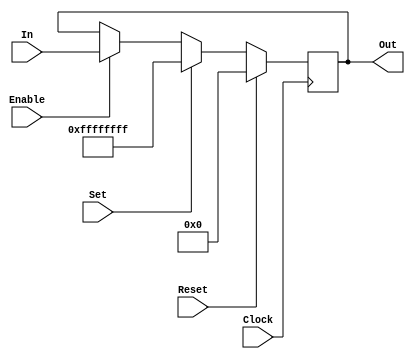
module	IORegister(Clock, Reset, Set, Enable, In, Out);
	//--------------------------------------------------------------------------
	//	Parameters
	//--------------------------------------------------------------------------
	parameter				Width = 				32,
							Initial =				{Width{1'bx}},
							AsyncReset =			0,
							AsyncSet =				0,
							ResetValue =			{Width{1'b0}},
							SetValue =				{Width{1'b1}};
	//--------------------------------------------------------------------------

	//--------------------------------------------------------------------------
	//	Inputs & Outputs
	//--------------------------------------------------------------------------
	input					Clock, Enable, Reset, Set;
	input	[Width-1:0]		In;
	output reg [Width-1:0]	Out =					Initial /* synthesis syn_useioff = 1 iob = true useioff = 1 */;
	//--------------------------------------------------------------------------

	//--------------------------------------------------------------------------
	//	Behavioral Register
	//--------------------------------------------------------------------------
	generate if (AsyncReset) begin:AR
		if (AsyncSet) begin:AS
			always @ (posedge Clock or posedge Reset or posedge Set) begin
				if (Reset) Out <=					ResetValue;
				else if (Set) Out <=				SetValue;
				else if (Enable) Out <=				In;
			end
		end else begin:SS
			always @ (posedge Clock or posedge Reset) begin
				if (Reset) Out <=					ResetValue;
				else if (Set) Out <=				SetValue;
				else if (Enable) Out <=				In;
			end
		end
	end else begin:SR
		if (AsyncSet) begin:AS
			always @ (posedge Clock or posedge Set) begin
				if (Reset) Out <=					ResetValue;
				else if (Set) Out <=				SetValue;
				else if (Enable) Out <=				In;
			end
		end else begin:SS
			always @ (posedge Clock) begin
				if (Reset) Out <=					ResetValue;
				else if (Set) Out <=				SetValue;
				else if (Enable) Out <=				In;
			end
		end
	end endgenerate
	//--------------------------------------------------------------------------
endmodule